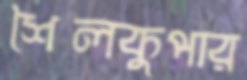
শৈলকুপার